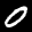
Label: 0